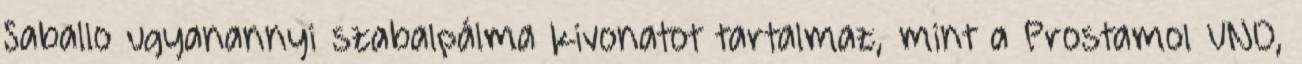
Saballo ugyanannyi szabalpálma kivonatot tartalmaz, mint a Prostamol UNO,